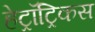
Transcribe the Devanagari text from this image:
हेट्रॉट्रिकस